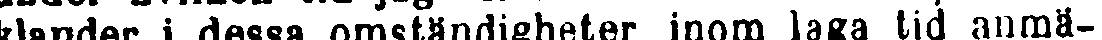
klander i dessa omständigheter inom laga tid anmä-